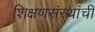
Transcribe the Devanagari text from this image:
शिक्षणसंस्थांची